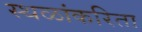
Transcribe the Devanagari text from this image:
स्थळांकरिता